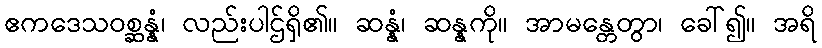
ဧကဒေသဝစ္ဆန္နံ၊ လည်းပါဌ်ရှိ၏။ ဆန္နံ၊ ဆန္နကို။ အာမန္တေတွာ၊ ခေါ်၍။ အရိ